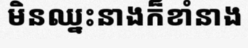
មិនឈ្នះនាងក៏ខាំនាង